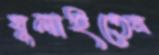
ঘুলাইতেন